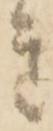
き